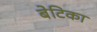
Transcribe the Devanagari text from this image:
बेटिका